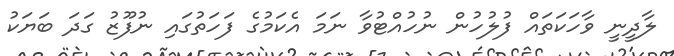
ލާދީނީ ވާހަކަތައް ފުލުހުން ނުހުއްޓުވާ ނަމަ އެކަމުގެ ފަހަތުގައި ނުފޫޒު ގަދަ ބަޔަކު